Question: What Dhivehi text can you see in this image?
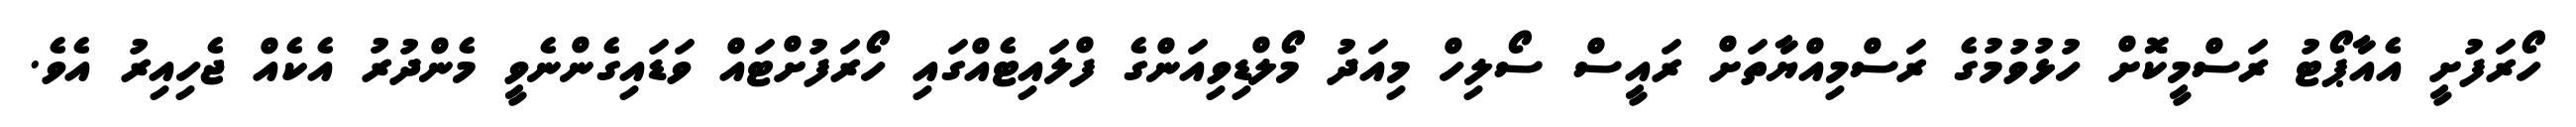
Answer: ހޯރަފުށީ އެއާޕޯޓު ރަސްމީކޮށް ހުޅުވުމުގެ ރަސްމިއްޔާތަށް ރައީސް ސޯލިހް މިއަދު މޯލްޑިވިއަންގެ ފްލައިޓެއްގައި ހޯރަފުށްޓައް ވަޑައިގެންނެވީ މެންދުރު އެކެއް ޖެހިއިރު އެވެ.